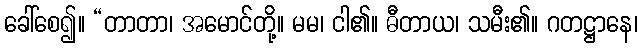
ခေါ်စေ၍။ “တာတာ၊ အမောင်တို့။ မမ၊ ငါ၏။ ဓီတာယ၊ သမီး၏။ ဂတဋ္ဌာနေ၊